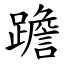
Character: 䠨